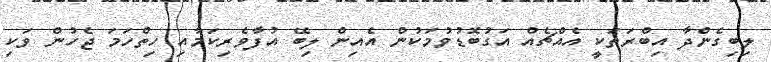
ލިބިގެންދާ އިބްރަތަކީ އެއްޗެއް އަގުބޮޑުވުމަކުން އެއިން ލިބޭ އުފާވެރިކަމާއި ހިތްހަމަ ޖެހުން ވަކި